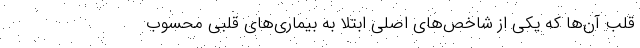
قلب آن‌ها که یکی از شاخص‌های اصلی ابتلا به بیماری‌های قلبی محسوب